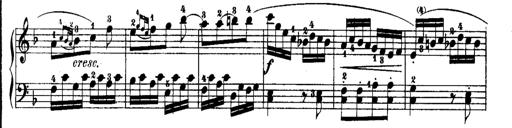
Title: Rondos and Sonatinas for Pianoforte
Composer: Daniel Steibelt